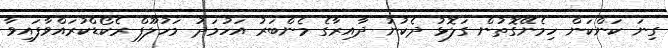
ގިނަ ކަންކަން ހިމެނޭގޮތުން ގަލޮޅު ދެކުނު ދާއިރާގެ މެންބަރު އަހުމަދު މަހުލޫފް ރެކޯޑްކުރައްވާފައިވާ